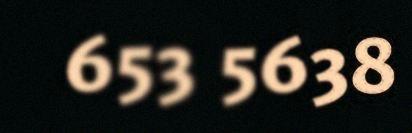
653 5638